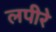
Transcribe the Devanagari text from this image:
लपीरे